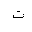
Letter: _ta